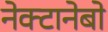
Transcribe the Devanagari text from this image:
नेक्टानेबो